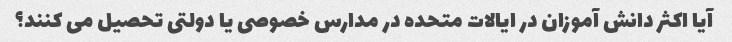
آیا اکثر دانش آموزان در ایالات متحده در مدارس خصوصی یا دولتی تحصیل می کنند؟